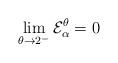
LaTeX: \begin{align*} \lim_{\theta\rightarrow 2^-} \mathcal{E}_{\alpha}^{\theta} = 0 \end{align*}